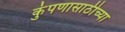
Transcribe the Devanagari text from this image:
कुंपणासाठीच्या